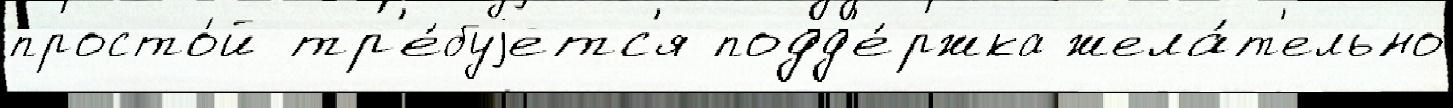
просто́й тр'е́буjетс'я подд'е́ржка жела́т'ельно